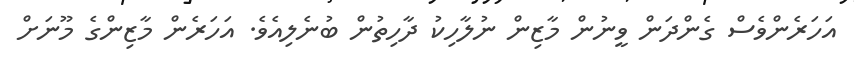
އަހަރެންވެސް ގެންދަން ވީނުން މާޒިން ނުލާހިކު ދާހިތުން ބުނެލިއެވެ. އަހަރެން މާޒިންގެ މޫނަށް